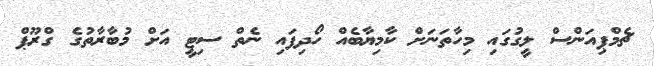
ޗެމްޕިއަންސް ލީގުގައި މިހާތަނަށް ކާމިޔާބެއް ހޯދިފައި ނެތް ސިޓީ އަށް މުބާރާތުގެ ގްރޫޕް